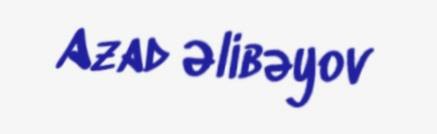
Azad Əlibəyov